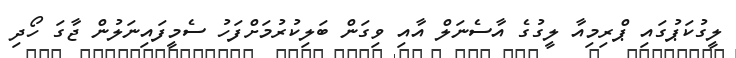
ލީގުކަޕުގައި ޕްރިމިއާ ލީގުގެ އާސެނަލް އާއި ވިގަން ބަލިކުރުމަށްފަހު ސެމީފައިނަލުން ޖާގަ ހޯދި